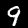
Label: 9